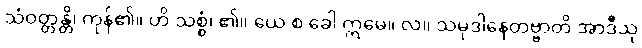
သံဝတ္တန္တိ၊ ကုန်၏။ ဟိ သစ္စံ၊ ၏။ ယေ စ ခေါ ဣမေ။ လ။ သမုဒါနေတဗ္ဗာတိ အာဒီသု